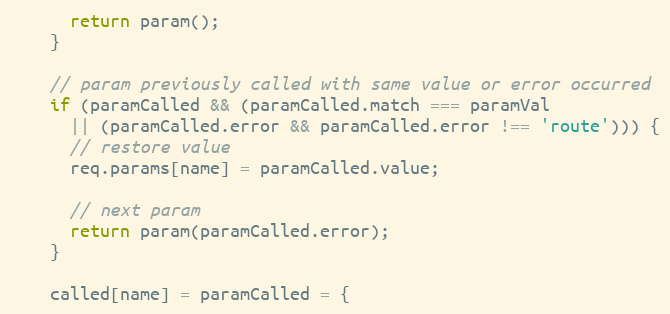
Language: JavaScript
      return param();
    }

    // param previously called with same value or error occurred
    if (paramCalled && (paramCalled.match === paramVal
      || (paramCalled.error && paramCalled.error !== 'route'))) {
      // restore value
      req.params[name] = paramCalled.value;

      // next param
      return param(paramCalled.error);
    }

    called[name] = paramCalled = {